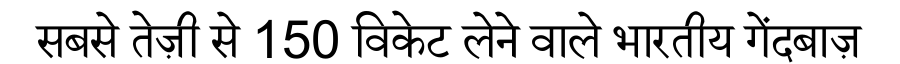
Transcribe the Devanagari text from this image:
सबसे तेज़ी से 150 विकेट लेने वाले भारतीय गेंदबाज़